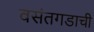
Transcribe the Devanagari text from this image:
वसंतगडाची